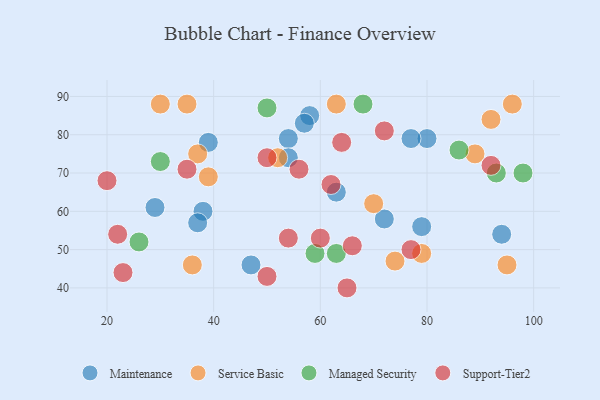
{"axis": {"x": "GDP", "y": "Life Expectancy"}, "legend": ["Maintenance", "Managed Security", "Service Basic", "Support-Tier2"], "data": [{"x": "29", "y": 61, "type": "Maintenance"}, {"x": "58", "y": 85, "type": "Maintenance"}, {"x": "54", "y": 79, "type": "Maintenance"}, {"x": "80", "y": 79, "type": "Maintenance"}, {"x": "38", "y": 60, "type": "Maintenance"}, {"x": "63", "y": 65, "type": "Maintenance"}, {"x": "77", "y": 79, "type": "Maintenance"}, {"x": "37", "y": 57, "type": "Maintenance"}, {"x": "57", "y": 83, "type": "Maintenance"}, {"x": "94", "y": 54, "type": "Maintenance"}, {"x": "39", "y": 78, "type": "Maintenance"}, {"x": "54", "y": 74, "type": "Maintenance"}, {"x": "72", "y": 58, "type": "Maintenance"}, {"x": "47", "y": 46, "type": "Maintenance"}, {"x": "79", "y": 56, "type": "Maintenance"}, {"x": "35", "y": 88, "type": "Service Basic"}, {"x": "36", "y": 46, "type": "Service Basic"}, {"x": "95", "y": 46, "type": "Service Basic"}, {"x": "37", "y": 75, "type": "Service Basic"}, {"x": "92", "y": 84, "type": "Service Basic"}, {"x": "96", "y": 88, "type": "Service Basic"}, {"x": "89", "y": 75, "type": "Service Basic"}, {"x": "30", "y": 88, "type": "Service Basic"}, {"x": "74", "y": 47, "type": "Service Basic"}, {"x": "63", "y": 88, "type": "Service Basic"}, {"x": "39", "y": 69, "type": "Service Basic"}, {"x": "79", "y": 49, "type": "Service Basic"}, {"x": "52", "y": 74, "type": "Service Basic"}, {"x": "70", "y": 62, "type": "Service Basic"}, {"x": "26", "y": 52, "type": "Managed Security"}, {"x": "68", "y": 88, "type": "Managed Security"}, {"x": "93", "y": 70, "type": "Managed Security"}, {"x": "50", "y": 87, "type": "Managed Security"}, {"x": "63", "y": 49, "type": "Managed Security"}, {"x": "30", "y": 73, "type": "Managed Security"}, {"x": "98", "y": 70, "type": "Managed Security"}, {"x": "86", "y": 76, "type": "Managed Security"}, {"x": "59", "y": 49, "type": "Managed Security"}, {"x": "20", "y": 68, "type": "Support-Tier2"}, {"x": "56", "y": 71, "type": "Support-Tier2"}, {"x": "65", "y": 40, "type": "Support-Tier2"}, {"x": "50", "y": 43, "type": "Support-Tier2"}, {"x": "22", "y": 54, "type": "Support-Tier2"}, {"x": "60", "y": 53, "type": "Support-Tier2"}, {"x": "92", "y": 72, "type": "Support-Tier2"}, {"x": "64", "y": 78, "type": "Support-Tier2"}, {"x": "77", "y": 50, "type": "Support-Tier2"}, {"x": "50", "y": 74, "type": "Support-Tier2"}, {"x": "23", "y": 44, "type": "Support-Tier2"}, {"x": "66", "y": 51, "type": "Support-Tier2"}, {"x": "35", "y": 71, "type": "Support-Tier2"}, {"x": "54", "y": 53, "type": "Support-Tier2"}, {"x": "72", "y": 81, "type": "Support-Tier2"}, {"x": "62", "y": 67, "type": "Support-Tier2"}]}